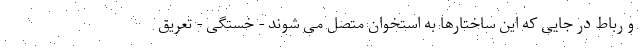
و رباط در جایی که این ساختارها به استخوان متصل می شوند - خستگی - تعریق